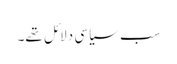
سب سیاسی دلائل تھے۔